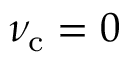
\nu _ { \mathrm { c } } = 0